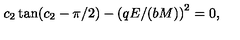
c _ { 2 } \tan ( c _ { 2 } - \pi / 2 ) - \left( q E / ( b M ) \right) ^ { 2 } = 0 ,